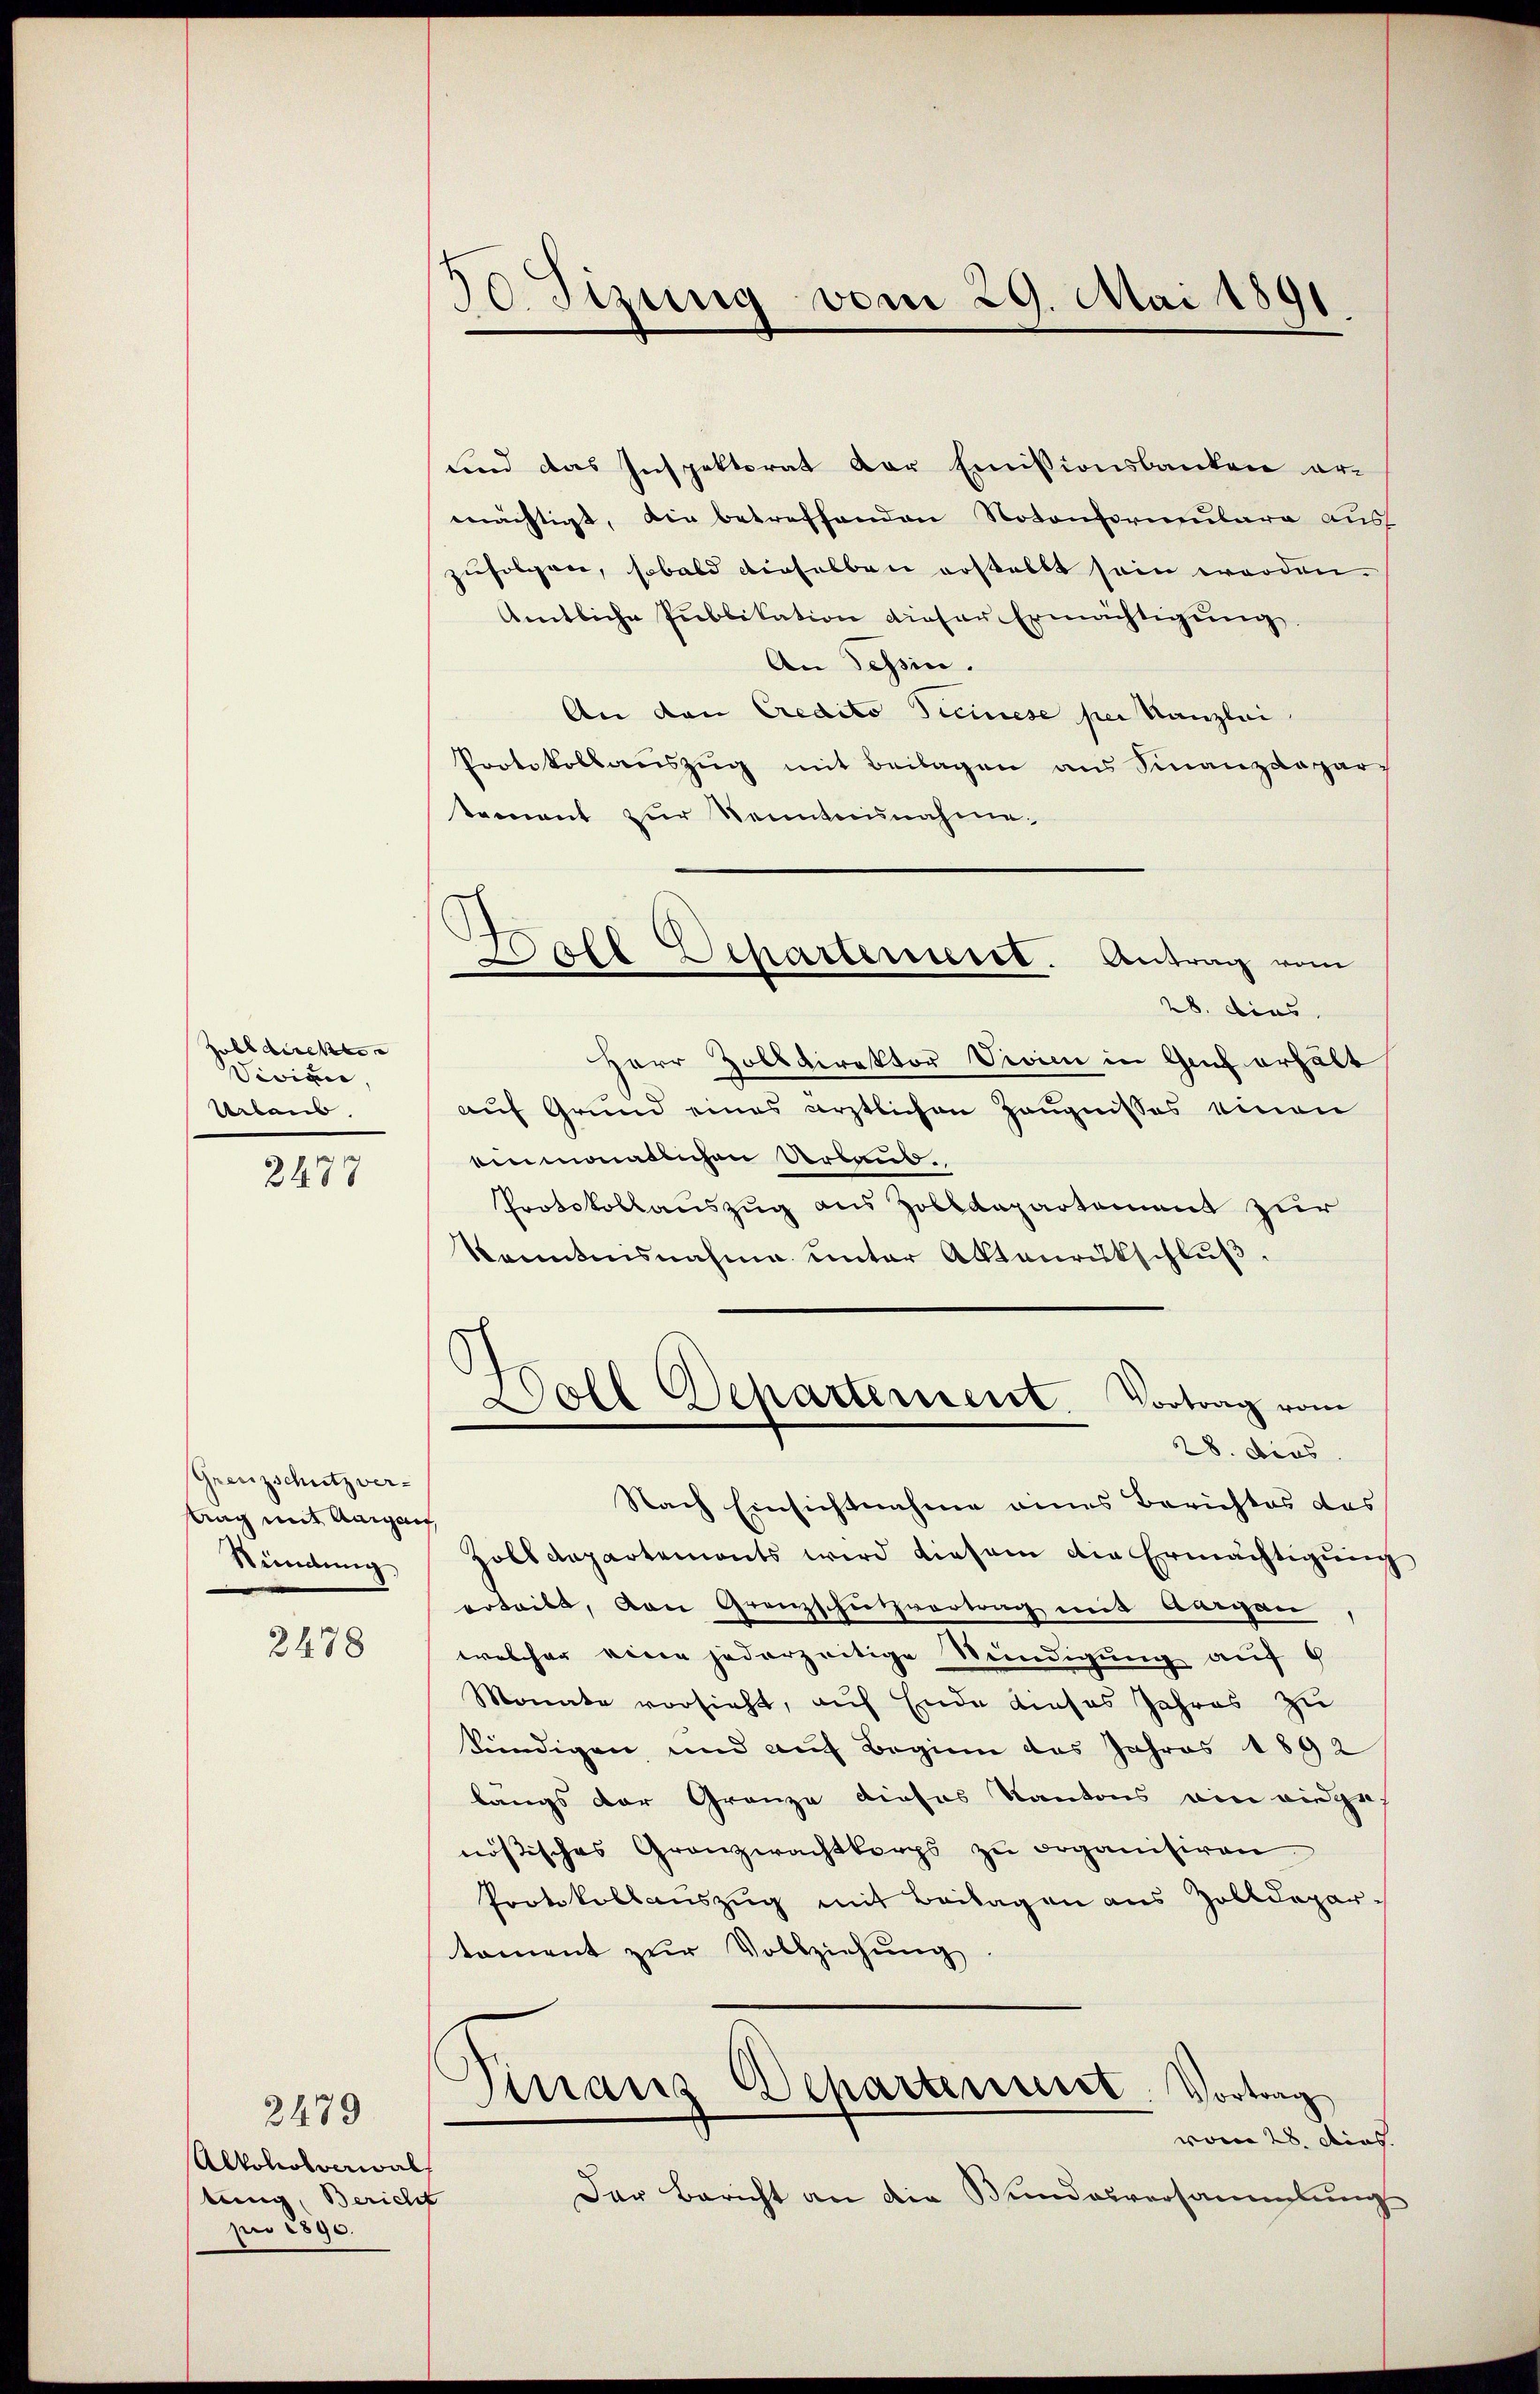
Hubbarenten
Sinian,
Urbaus.

2477

Grenzschutz ver-
tag mit Aargau,
Stündung

2478

2479
Alkoholverwalt
tung, Bericht
p 1890.

30. Sizung vom 29. Mai 1891.

g
ole Departerieret. Antrag vom
28. dies

und das Inspektorat der Emissionsbanken ermächtigt, die betreffenden Notonformulara aus
zufolgen, sobald dieselben erstellt sein worden.
Amtliche Publikation dieser Ermächtigung
An Tessin.
An den Credito Ticinese per Kanzlei
Protokollauszug mit Beilagen aus Finanzdepar-
tement zur Senntnisnahme.
Herr Zolldirektor Vivien in Genf erhält
auf Grund eines ärztlichen Zeugnisses einen
benmonatlichen Urband.
Protokollauszug aus Zolldepartement zur
konntensnahme unter Aktenrückschlŭβ.
.
x
Doll Departerient. Vortrag vom
28. dies
Nach Einsichtnahme eines Berichtes des
Zolldepartements wird diesem die Ermächtigung
erteilt, von Grenzschutzvortrag mit Ausgan
welcher eine jederzeitige Wendigung auf 6
Monate vorsieht, auf Ende dieses Jahres zu
kündigen und auf Beginn das Jahres 1892
langs der Granze dieses Kantons ain wie ge-
nösisches Granzwachtkorps zŭ organisiren.
Protokollauszug mit Beilagen aus Zolldepartoment zur Vollziehung
Finanz Departenuit. Vortrag
woren 28. dies
Der Bericht an die Bundesversammlung